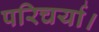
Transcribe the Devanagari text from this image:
परिचर्या।